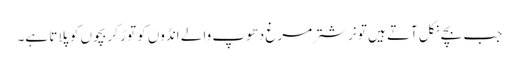
جب بچے نکل آتے ہیں تو نر شتر مرغ دھوپ والے انڈوں کو توڑ کر بچوں کو پلاتا ہے۔